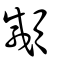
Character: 顑